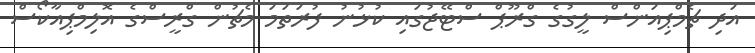
އަދި ޗެމްޕިއަންސް ލީގުގެ ގްރޫޕް ސްޓޭޖުގައި ކުޅުނު ފުރަތަމަ މެޗުން ގްރީސްގެ އޮލިމްޕިއާކޯސް